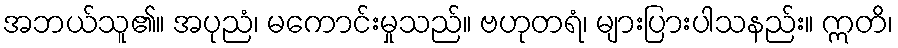
အဘယ်သူ၏။ အပုညံ၊ မကောင်းမှုသည်။ ဗဟုတရံ၊ များပြားပါသနည်း။ ဣတိ၊